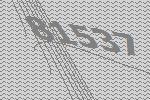
81537